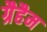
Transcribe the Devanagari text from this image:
ग्रैहैम